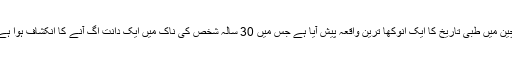
چین میں طبی تاریخ کا ایک انوکھا ترین واقعہ پیش آیا ہے جس میں 30 سالہ شخص کی ناک میں ایک دانت اگ آنے کا انکشاف ہوا ہے۔